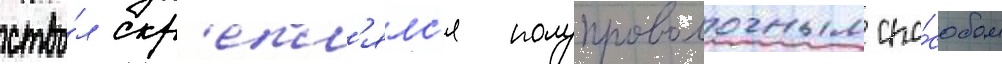
ство́л скр'епл'ялс'я полупроволочным спо́собом